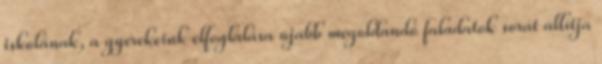
iskolának, a gyerekeink elfoglalása újabb megoldandó faladatok sorát állítja